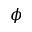
\phi